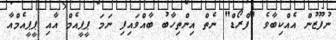
ނުފޫޒުން އެއްކިބާވެ "ފްރޯޑް" ނެތް އިންތިހާބު ބާއްވައިފި ނަމަ ޕީޕީއެމް އާއި ޕީޕީއެމްއާ